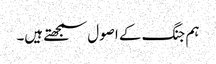
ہم جنگ کے اصول سمجھتے ہیں۔